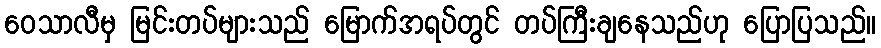
ဝေသာလီမှ မြင်းတပ်များသည် မြောက်အရပ်တွင် တပ်ကြီးချနေသည်ဟု ပြောပြသည်။